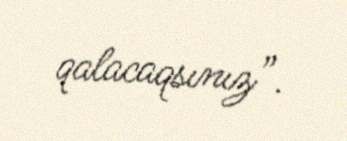
qalacaqsınız”.